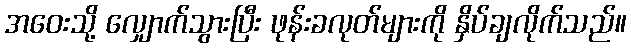
အဝေးသို့ လျှောက်သွားပြီး ဖုန်းခလုတ်များကို နှိပ်ချလိုက်သည်။